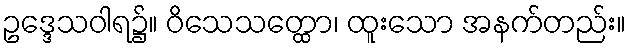
ဥဒ္ဒေသဝါရ၌။ ဝိသေသတ္ထော၊ ထူးသော အနက်တည်း။